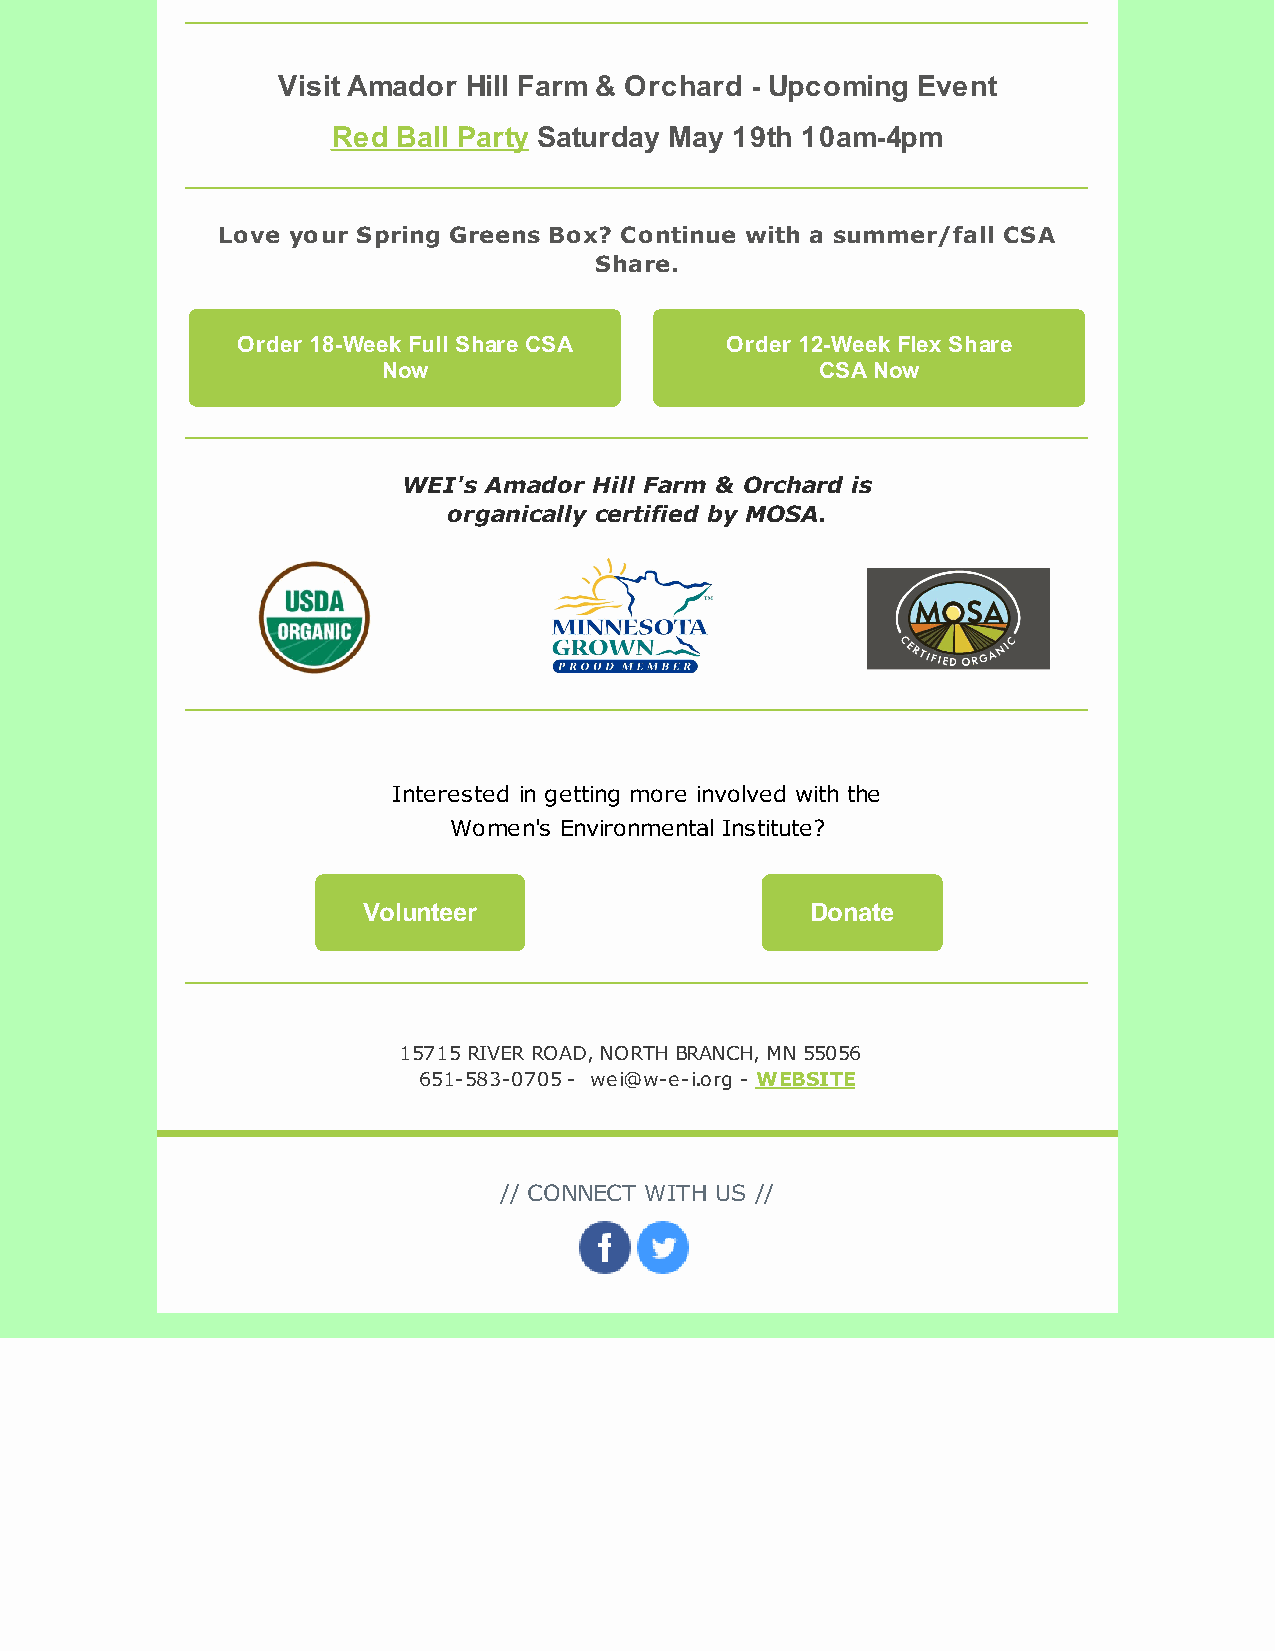
Visit Amador Hill Farm & Orchard - Upcoming Event
 Red Ball Party Saturday May 19th 10am-4pm
 Love your Spring Greens Box? Continue with a summer/fall CSA
 Share.
 Order 18-Week Full Share CSA    Order 12-Week Flex Share
 Now                          CSA Now
 WEI's Amador Hill Farm & Orchard is
 ​organically certified by MOSA.
 Interested in getting more involved with the
 ​Women's Environmental Institute?
 Volunteer                     Donate
 15715 RIVER ROAD, NORTH BRANCH, MN 55056
 651-583-0705 - wei@w-e-i.org - WEBSITE
 // CONNECT WITH US //
 ​   ​